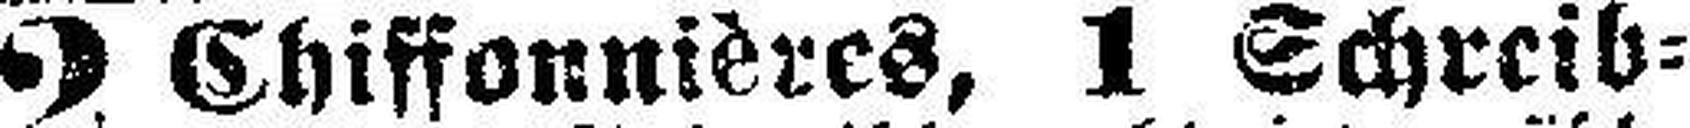
2 Chiffonnières, 1 Schreib¬